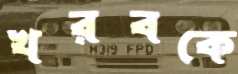
খরবকে